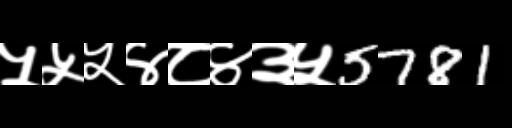
Text: ५५५४८४३५5781